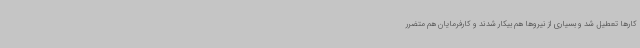
کارها تعطیل شد و بسیاری از نیروها هم بیکار شدند و کارفرمایان هم متضرر